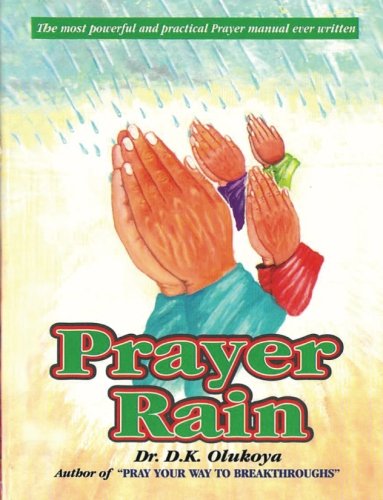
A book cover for Prayer Rain; Dr. D. K. Olukoya; Christian Books & Bibles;